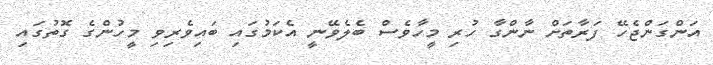
އަންގަންޖެހޭ ފަރާތަށް ނާންގާ ހުރި މީހާވެސް ބެލެވޭނީ އެކަމުގައި ބައިވެރިވި މީހުންގެ ގޮތުގައި